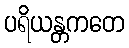
ပရိယန္တကတေ